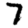
Digit: 7